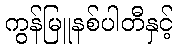
ကွန်မြူနစ်ပါတီနှင့်